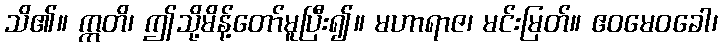
သိ၏။ ဣတိ၊ ဤသို့မိန့်တော်မူပြီး၍။ မဟာရာဇ၊ မင်းမြတ်။ ဧဝမေဝခေါ၊